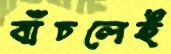
বাঁচলেই